Annual report on the Civil Veterinary Department, Burma (including the Insein Veterinary School) - 1923-1931
Year: 1923
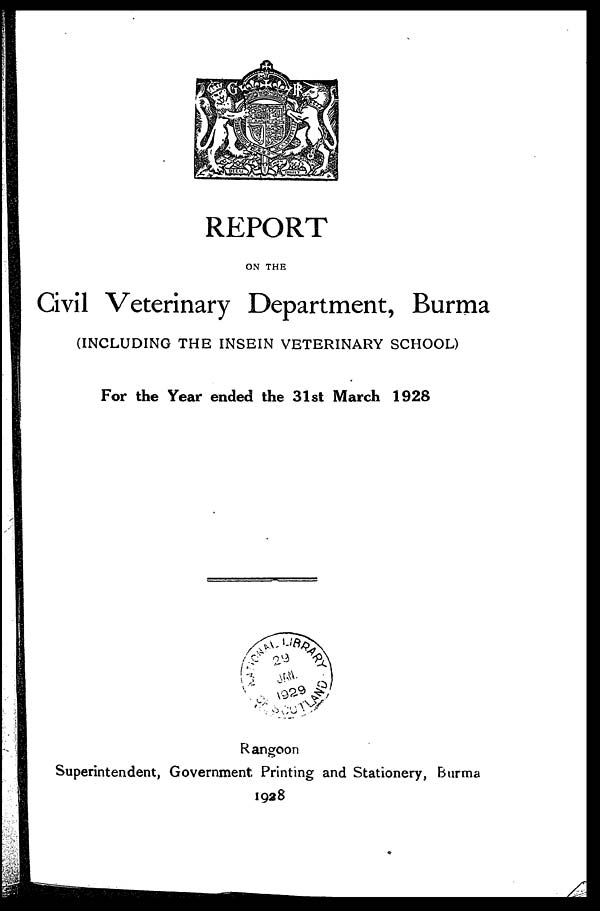
REPORT
ON THE
Civil Veterinary Department, Burma
(INCLUDING THE INSEIN VETERINARY SCHOOL)
For the Year ended the 31st March 1928
Rangoon
Superintendent, Government. Printing and Stationery, Burma
1928